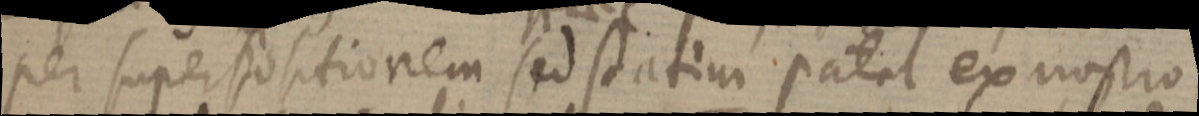
per superpositionem sed statim patet ex nostro